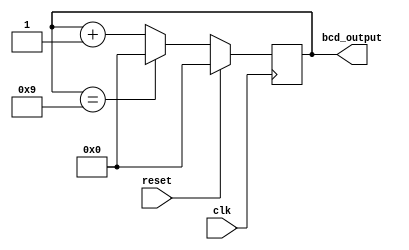
module BCD_Counter (
    input wire clk,
    input wire reset,
    output reg [3:0] bcd_output
);

reg [3:0] bcd_counter;

always @(posedge clk) begin
    if(reset) begin
        bcd_counter <= 0;
    end else begin
        if(bcd_counter == 9) begin
            bcd_counter <= 0;
        end else begin
            bcd_counter <= bcd_counter + 1;
        end
    end
end

assign bcd_output = bcd_counter;

endmodule